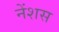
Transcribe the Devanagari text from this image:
नेंशस